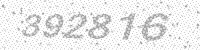
Solution: 392816